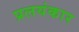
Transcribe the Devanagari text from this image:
प्रलयंकार